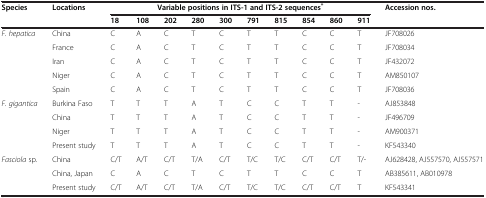
| <ROWSPAN=2> Species | <ROWSPAN=2> Locations | <COLSPAN=10> Variable positions in ITS-1 and ITS-2 sequences* | <ROWSPAN=2> Accession nos. |
 | 18 | 108 | 202 | 280 | 300 | 791 | 815 | 854 | 860 | 911 |
 | --- | --- | --- | --- | --- | --- | --- | --- | --- | --- | --- | --- | --- |
 | F. hepatica | China | C | A | C | T | C | T | T | C | C | T | JF708026 |
 |  | France | C | A | C | T | C | T | T | C | C | T | JF708034 |
 |  | Iran | C | A | C | T | C | T | T | C | C | T | JF432072 |
 |  | Niger | C | A | C | T | C | T | T | C | C | T | AM850107 |
 |  | Spain | C | A | C | T | C | T | T | C | C | T | JF708036 |
 | F. gigantica | Burkina Faso | T | T | T | A | T | C | C | T | T | - | AJ853848 |
 |  | China | T | T | T | A | T | C | C | T | T | - | JF496709 |
 |  | Niger | T | T | T | A | T | C | C | T | T | - | AM900371 |
 |  | Present study | T | T | T | A | T | C | C | T | T | - | KF543340 |
 | Fasciola sp. | China | C/T | A/T | C/T | T/A | C/T | T/C | T/C | C/T | C/T | T/- | AJ628428, AJ557570, AJ557571 |
 |  | China, Japan | C | A | C | T | C | T | T | C | C | T | AB385611, AB010978 |
 |  | Present study | C/T | A/T | C/T | T/A | C/T | T/C | T/C | C/T | C/T | T | KF543341 |